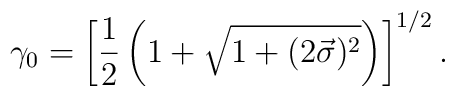
\gamma_0 = \left[\frac{1}{2} \left(1 + \sqrt{1 + (2\vec{\sigma})^2}\right)\right]^{1/2}.